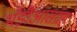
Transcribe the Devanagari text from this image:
भँड़ौआसंग्रह